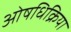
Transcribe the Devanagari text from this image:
ओषधिक्रिया